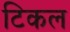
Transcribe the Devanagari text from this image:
टिकल